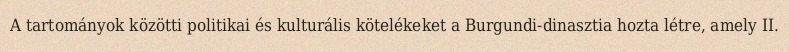
A tartományok közötti politikai és kulturális kötelékeket a Burgundi-dinasztia hozta létre, amely II.